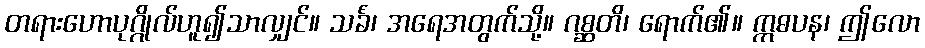
တရားဟောပုဂ္ဂိုလ်ဟူ၍သာလျှင်။ သင်္ခံ၊ အရေအတွက်သို့။ ဂစ္ဆတိ၊ ရောက်၏။ ဣဓပန၊ ဤလော